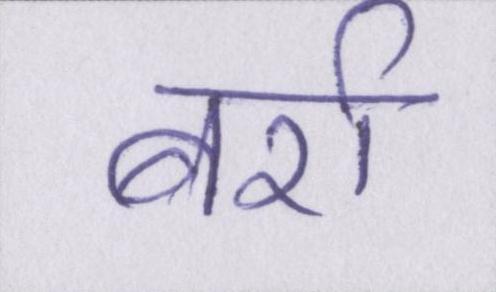
बर्रा